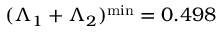
( \Lambda _ { 1 } + \Lambda _ { 2 } ) ^ { \mathrm { m i n } } = 0 . 4 9 8